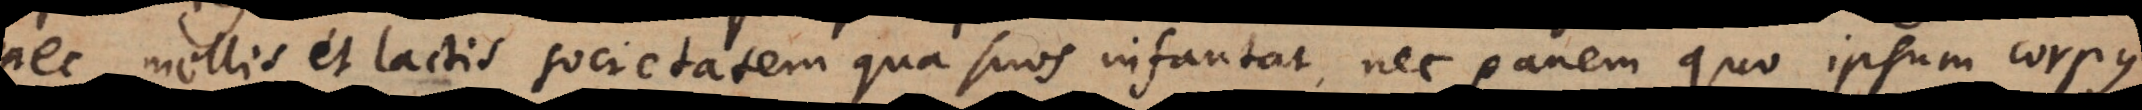
nec mollis et lactis societatem qua suos infantat, nec panem quo ipsum corpus